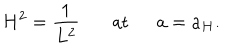
H ^ { 2 } = { \frac { 1 } { L ^ { 2 } } } \ \ \ \mathrm { a t } \ \ a = a _ { H } .